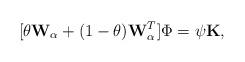
LaTeX: \begin{align*}[\theta {\bf W}_\alpha+ (1-\theta){\bf W}_\alpha^T] \Phi =\psi {\bf K},\end{align*}